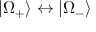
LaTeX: | \Omega _ { + } \rangle \leftrightarrow | \Omega _ { - } \rangle